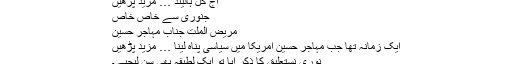
آج کل ہالینڈ … مزید پڑھیں
جنوری سے خاص خاص
مریض الملت جناب مہاجر حسین
ایک زمانہ تھا جب مہاجر حسین امریکا میں سیاسی پناہ لینا … مزید پڑھیں
نوری نستعلیق کا ذکر آیا تو ایک لطیفہ بھی سن لیجیے۔